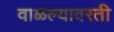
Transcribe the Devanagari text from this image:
वाळल्यावरती